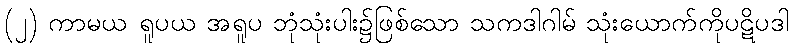
(၂) ကာမယ ရူပယ အရူပ ဘုံသုံးပါး၌ဖြစ်သော သကဒါဂါမ် သုံးယောက်ကိုပဋိပဒါ